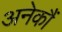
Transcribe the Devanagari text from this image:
अनेकौं